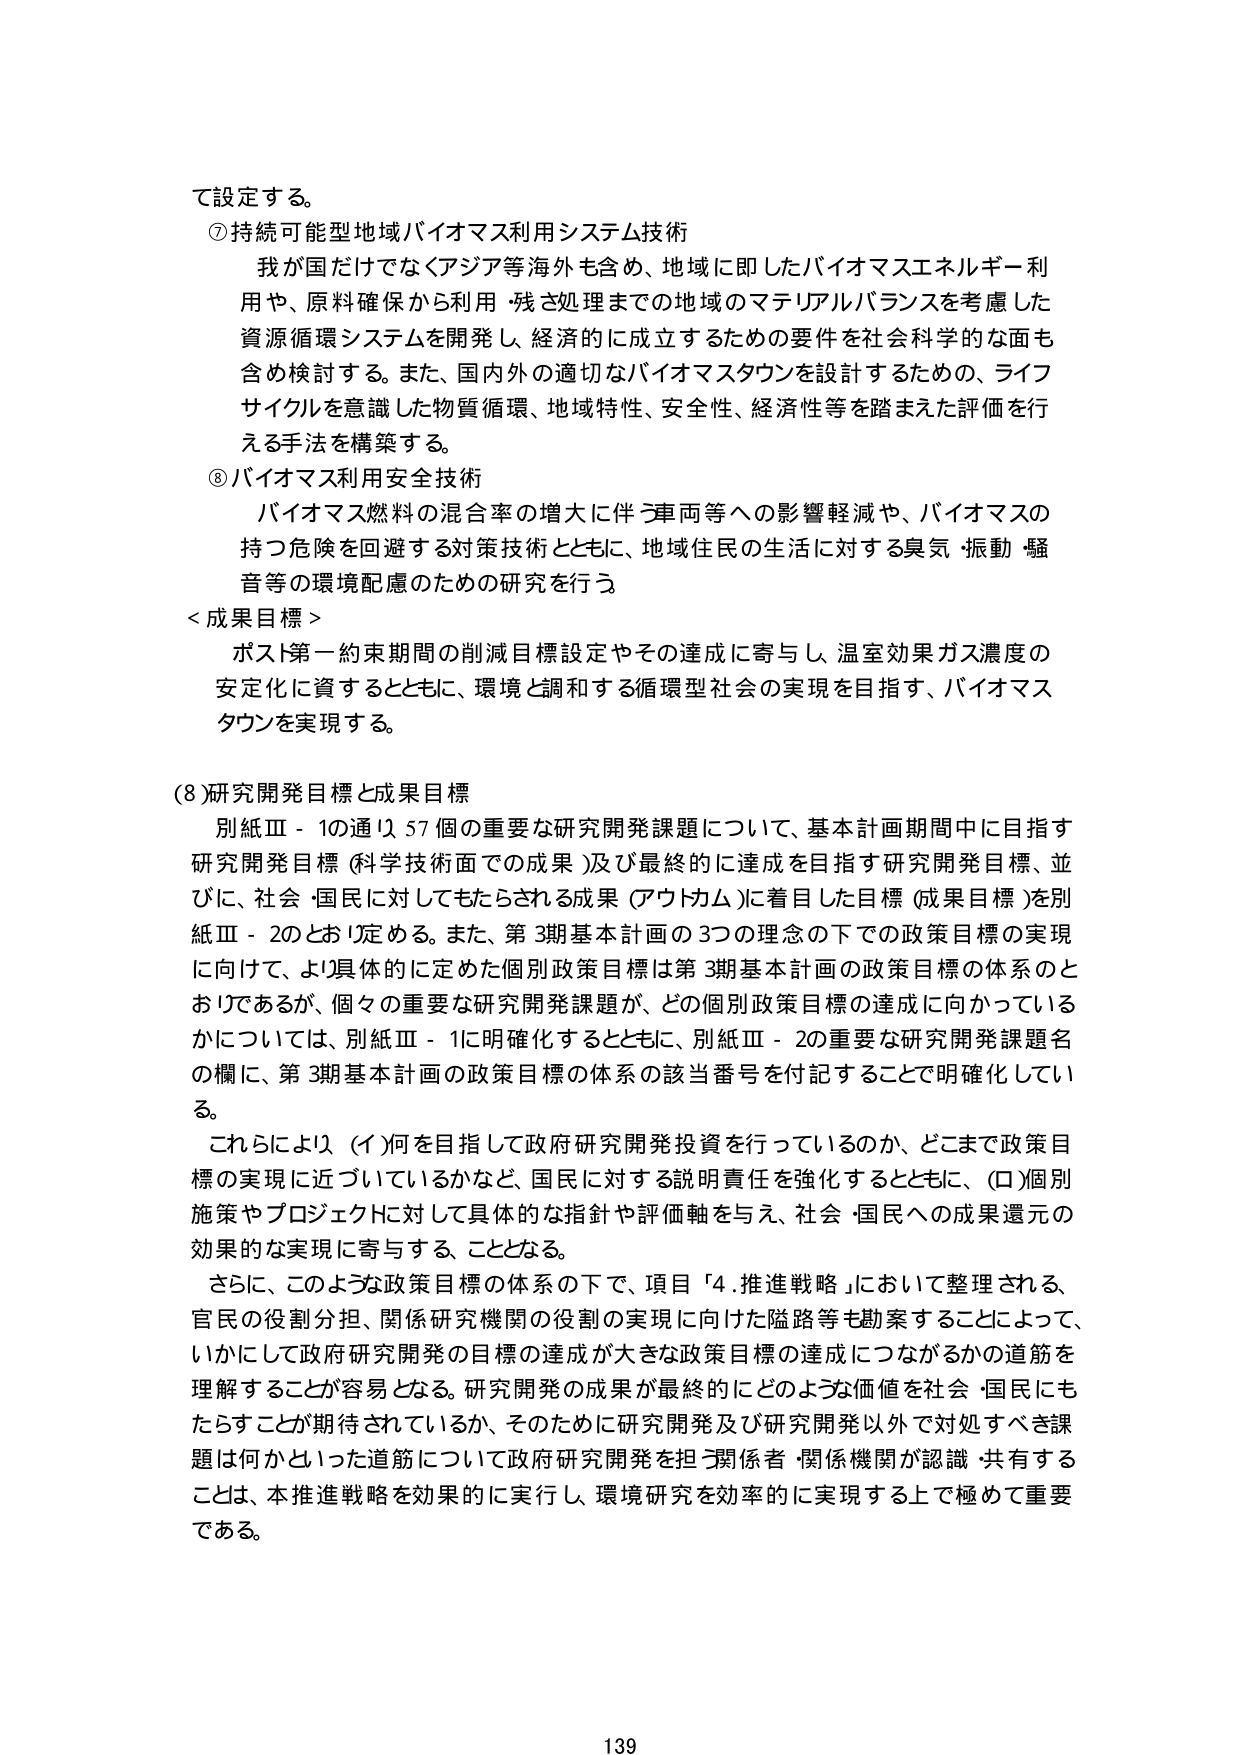
て設定する。

⑦ 持続可能型地域バイオマス利用システム技術
　我が国だけでなくアジア等海外も含め、地域に即したバイオマスエネルギー利用や、原料確保から利用・残さ処理までの地域のマテリアルバランスを考慮した資源循環システムを開発し、経済的に成立するための要件を社会科学的な面も含め検討する。また、国内外の適切なバイオマスタウンを設計するための、ライフサイクルを意識した物質循環、地域特性、安全性、経済性等を踏まえた評価を行う手法を構築する。

⑧ バイオマス利用安全技術
　バイオマス燃料の混合率の増大に伴う車両等への影響軽減や、バイオマスの持つ危険を回避する対策技術とともに、地域住民の生活に対する臭気・振動・騒音等の環境配慮のための研究を行う。

＜成果目標＞
　ポスト第一約束期間の削減目標設定やその達成に寄与し、温室効果ガス濃度の安定化に資するとともに、環境と調和する循環型社会の実現を目指す、バイオマスタウンを実現する。

(8) 研究開発目標と成果目標
　別紙Ⅲ－1の通り57個の重要な研究開発課題について、基本計画期間中に目指す研究開発目標（科学技術面での成果）及び最終的に達成を目指す研究開発目標、並びに、社会・国民に対してもたらされる成果（アウトカム）に着目した目標（成果目標）を別紙Ⅲ－2のとおり定める。また、第3期基本計画の3つの理念の下での政策目標の実現に向けて、より具体的に定めた個別政策目標は第3期基本計画の政策目標の体系のとおりであるが、個々の重要な研究開発課題が、どの個別政策目標の達成に向かっているかについては、別紙Ⅲ－1に明確化するとともに、別紙Ⅲ－2の重要な研究開発課題名の欄に、第3期基本計画の政策目標の体系の該当番号を付記することで明確化している。
　これらにより、(イ)何を目指して政府研究開発投資を行っているのか、どこまで政策目標の実現に近づいているかなど、国民に対する説明責任を強化するとともに、(ロ)個別施策やプロジェクトに対して具体的な指針や評価軸を与え、社会・国民への成果還元の効果的な実現に寄与することとなる。
　さらに、このような政策目標の体系の下で、項目「4.推進戦略」において整理される、官民の役割分担、関係研究機関の役割の実現に向けた隘路等も勘案することによって、いかにして政府研究開発の目標の達成が大きな政策目標の達成につながるかの道筋を理解することが容易となる。研究開発の成果が最終的にどのような価値を社会・国民にもたらすことが期待されているか、そのために研究開発及び研究開発以外で対処すべき課題は何かといった道筋について政府研究開発を担う関係者・関係機関が認識・共有することは、本推進戦略を効果的に実行し、環境研究を効率的に実現する上で極めて重要である。

139